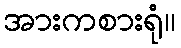
အားကစားရုံ။